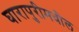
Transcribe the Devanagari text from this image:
घारापुरीमधील